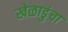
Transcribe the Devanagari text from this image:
खेळाडुंचा